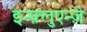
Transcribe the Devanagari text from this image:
इन्फ़्लुएन्ज़े